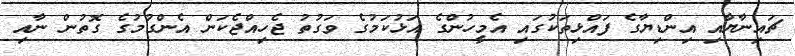
ޗައިނާޔާއި އިންޑިޔާގެ ފައްޅިތަކުގައި އެމީހުންގެ އަޅުކަމުގެ ވަގުތު ޖެހިއްޖެކަން އެންގުމުގެ ގޮތުން ނާއި